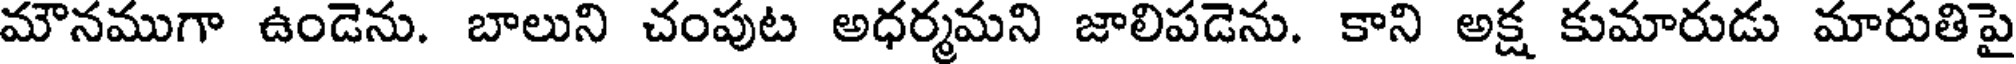
మౌనముగా ఉండెను. బాలుని చంపుట అధర్మమని జాలిపడెను. కాని అక్ష కుమారుడు మారుతిపై